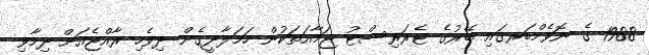
1988 ގެ ނޮވެމްބަރގައި ބޭރުގެ ޓެރަރިސްޓު ޖަމާއަތަކުން ހަމަލާދީގެން ދިވެހި ރާއްޖެއަށް ދިމާވި